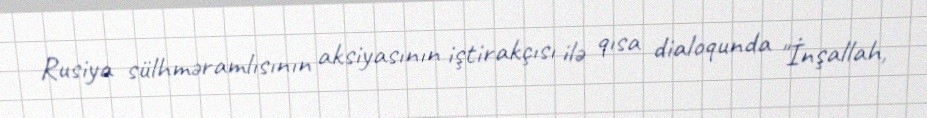
Rusiya sülhməramlısının aksiyasının iştirakçısı ilə qısa dialoqunda "İnşallah,